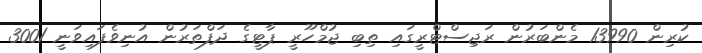
ކުރިން 13990 މެންބަރުން ރަޖިސްޓްރީގައި ތިބި ޖުމްހޫރީ ޕާޓީގެ ދަފްތަރުން އުނިވެފައިވަނީ 3001